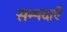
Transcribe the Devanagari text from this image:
सम्पदाएँ